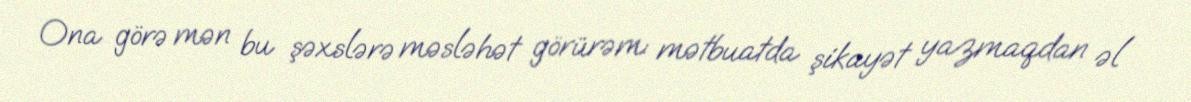
Ona görə mən bu şəxslərə məsləhət görürəm: mətbuatda şikayət yazmaqdan əl